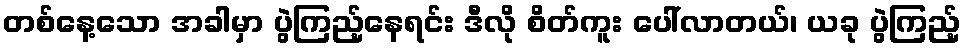
တစ်နေ့သော အခါမှာ ပွဲကြည့်နေရင်း ဒီလို စိတ်ကူး ပေါ်လာတယ်၊ ယခု ပွဲကြည့်